Vaccination in the Punjab 1883-1896 - 1883-1896
Year: 1883
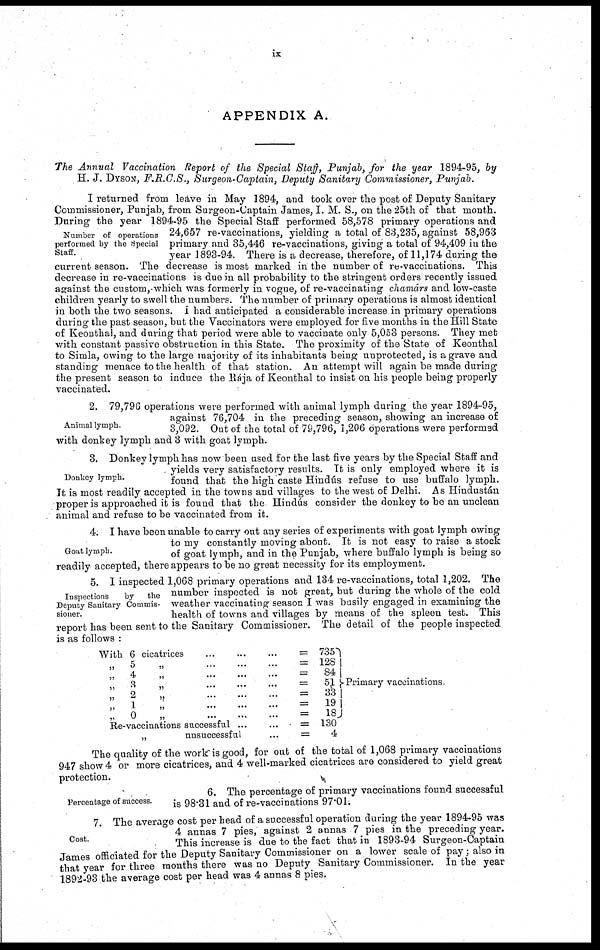
ix
APPENDIX A.
The Annual Vaccination Report of the Special Staff, Punjab, for the year 1894-95, by
H. J. DYSON, F.R.C.S., Surgeon-Captain, Deputy Sanitary Commissioner, Punjab.
Number of operations
performed by the Special
Staff.
I returned from leave in May 1894, and took over the post of Deputy Sanitary
Commissioner, Punjab, from Surgeon-Captain. James, I. M. S., on the 25th of that month.
During the year 1894-95 the Special Staff performed 58,578 primary operations and
24,657 re-vaccinations, yielding a total of 83,235, against 58,963
primary and 35,446 re-vaccinations, giving a total of 94,409 in the
year 1893-94. There is a decrease, therefore, of 11,174 during the
current season. The decrease is most marked in the number of re-vaccinations. This
decrease in re-vaccinations is due in all probability to the stringent orders recently issued
against the custom, which was formerly in vogue, of re-vaccinating chamárs and low-caste
children yearly to swell the numbers. The number of primary operations is almost identical
in both the two seasons. I had anticipated a considerable increase in primary operations
during the past season, but the Vaccinators were employed for five months in the Hill State
of Keonthal, and during that period were able to vaccinate only 5,053 persons. They met
with constant passive obstruction in this State. The proximity of the State of Keonthal
to Simla, owing to the large majority of its inhabitants being unprotected, is a grave and
standing menace to the health of that station. An attempt will again be made during
the present season to induce the Rája of Keonthal to insist on his people being properly
vaccinated.
Animal lymph.
2. 79,796 operations were performed with animal lymph during the year 1894-95,
against 76,704 in the preceding season, showing an increase of
3,092. Out of the total of 79,796, 1,206 operations were performed
with donkey lymph and 3 with goat lymph.
Donkey lymph.
3. Donkey lymph has now been used for the last five years by the Special Staff and
yields very satisfactory results. It is only employed where it is
found that the high caste Hindús refuse to use buffalo lymph.
It is most readily accepted in the towns and villages to the west of Delhi. As Hindustán
proper is approached it is found that the Hindús consider the donkey to be an unclean
animal and refuse to be vaccinated from it.
Goat lymph.
4. I have been unable to carry out any series of experiments with goat lymph owing
to my constantly moving about. It is not easy to raise a stock
of goat lymph, and in the Punjab, where buffalo lymph is being so
readily accepted, there appears to be no great necessity for its employment.
Inspections
by
the
Deputy Sanitary Commis-
sioner.
5. 1 inspected 1,068 primary operations and 134 re-vaccinations, total 1,202. The
number inspected is not great, but during the whole of the cold
weather vaccinating season I was busily engaged in examining the
health of towns and villages by means of the spleen test. This
report has been sent to the Sanitary Commissioner. The detail of the people inspected
is as follows :
With 6 cicatrices
...
...
...
=
„ 5 „ ... ... ... =
„ 4 „ ... ... ... =
„ 3 „ ... ... ... =
„ 2 „ ... ... ... =
„ 1 „ ... ... ... =
„ 0 „ ... ... ... =
Re-vaccinations successful
...
...
=
„ unsuccessful
...
...=
735
128
84
51
33
19
18
130
4
Primary vaccinations.
The quality of the work is good, for out of the total of 1,068 primary vaccinations
947 show 4 or more cicatrices, and 4 well-marked cicatrices are considered to yield great
protection.
Percentage of success.
6. The percentage of primary vaccinations found successful
is 98.31 and of re-vaccinations 97.01.
Cost.
7. The average cost per head of a successful operation during the year 1894-95 was
4 annas 7 pies, against 2 annas 7 pies in the preceding year.
This increase is due to the fact that in 1893-94 Surgeon-Captain
James officiated for the Deputy Sanitary Commissioner on a lower scale of pay; also in
that year for three months there was no Deputy Sanitary Commissioner. In the year
1892-93 the average cost per head was 4 annas 8 pies.